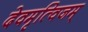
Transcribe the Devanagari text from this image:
देवमृत्विजम्